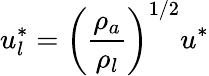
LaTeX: u_{l}^{*}=\left(\frac{\rho_{a}}{\rho_{l}}\right)^{1/2}u^{*}